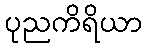
ပုညကိရိယာ